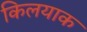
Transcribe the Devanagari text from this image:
किलयाक